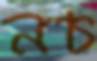
নচ